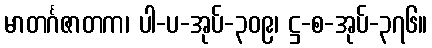
မာတင်္ဂဇာတက၊ ပါ-ပ-အုပ်-၃၀၉၊ ဋ္ဌ-စ-အုပ်-၃၇၆။